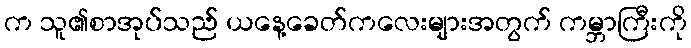
က သူ၏စာအုပ်သည် ယနေ့ခေတ်ကလေးများအတွက် ကမ္ဘာကြီးကို